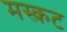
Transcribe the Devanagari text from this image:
मस्क़ट